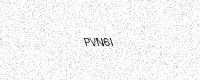
Text: PVN6I